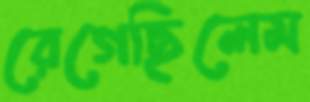
রেগেছিলেম